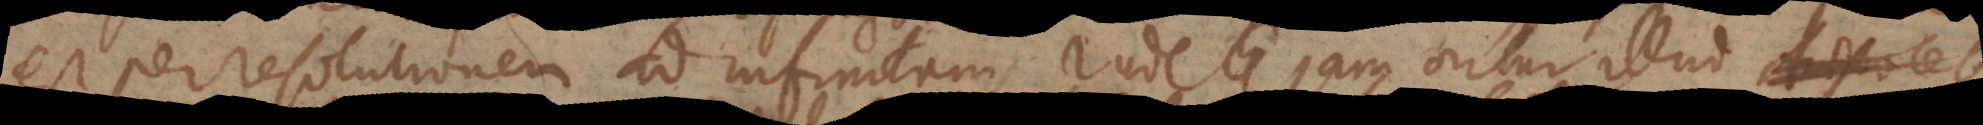
est per resolutionem ad infinitum, inde jam oritur illud